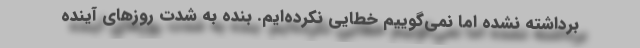
برداشته نشده اما نمی‌گوییم خطایی نکرده‌ایم. بنده به شدت روزهای آینده